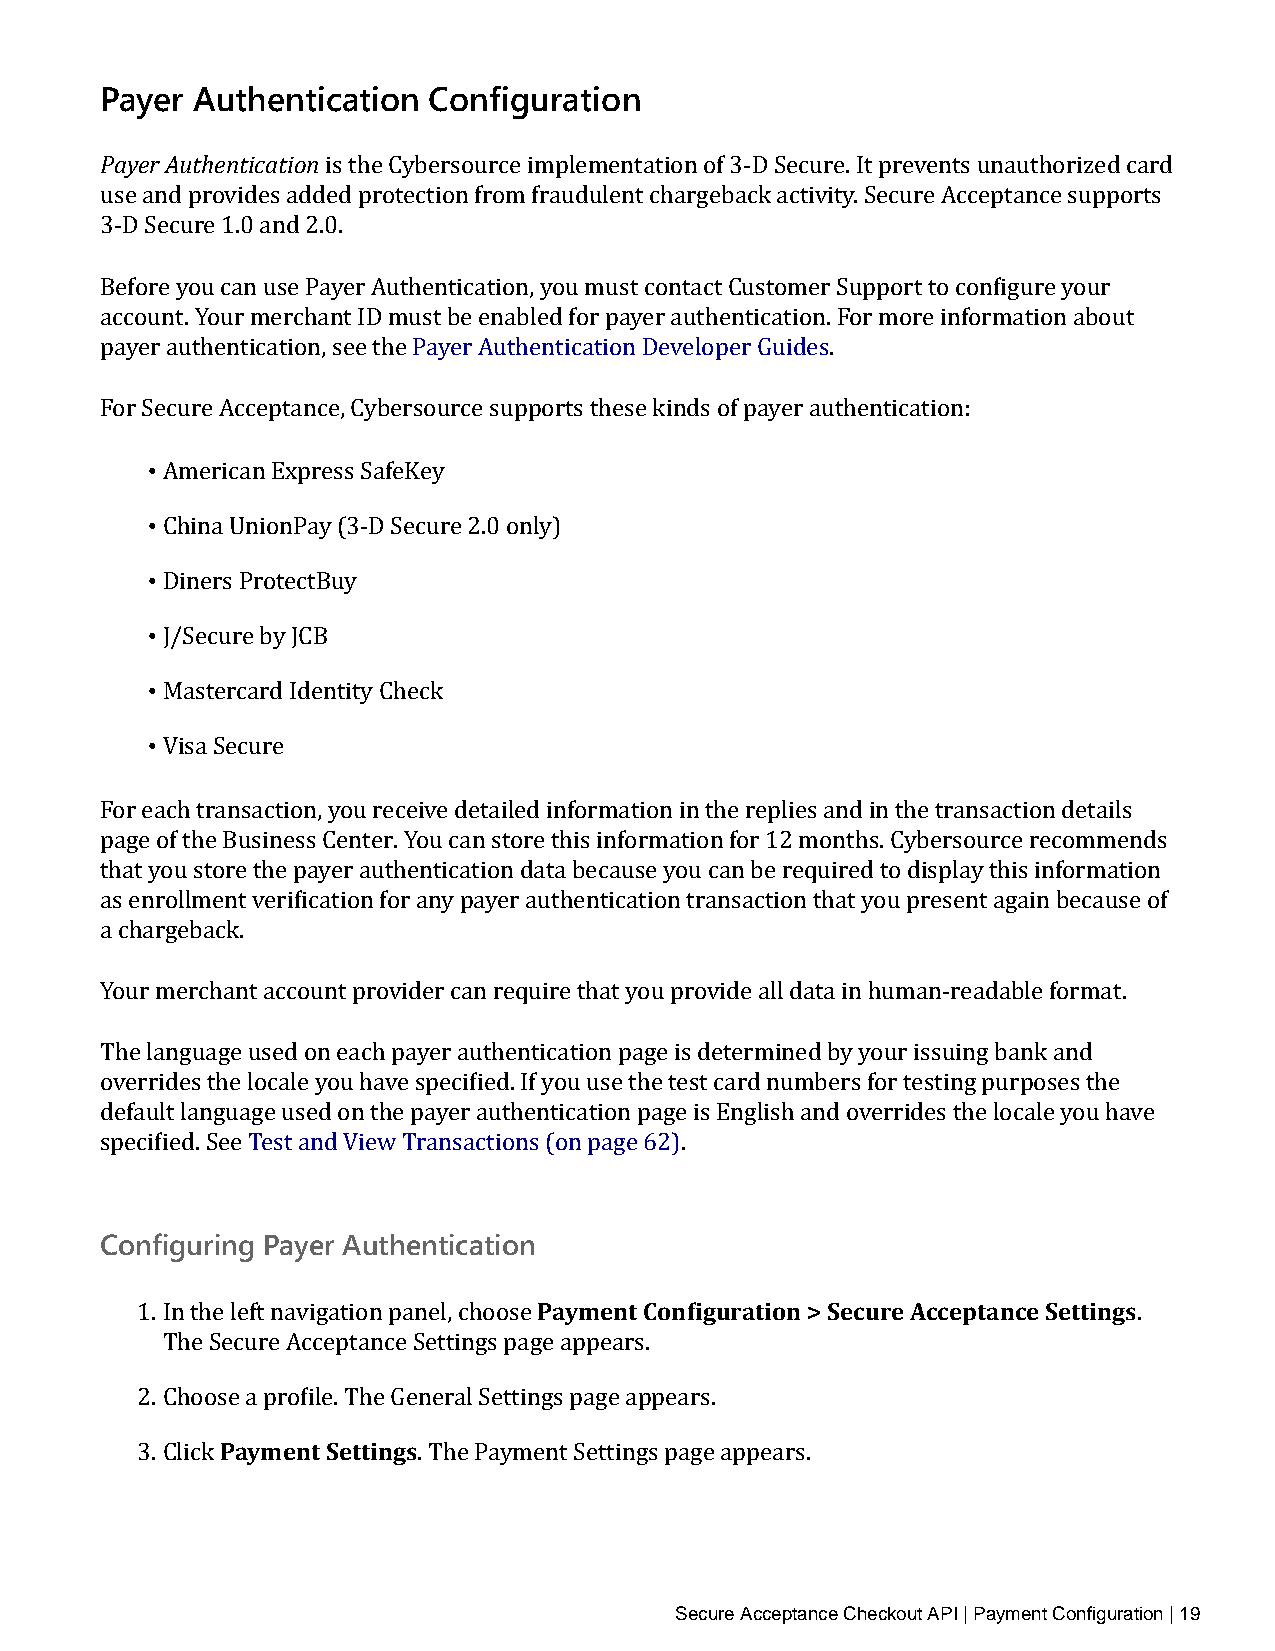
Payer Authentication Configuration
 Payer Authentication
 is the Cybersource implementation of 3‑D Secure. It prevents unauthorized card
 use and provides added protection from fraudulent chargeback activity. Secure Acceptance supports
 3‑D Secure 1.0 and 2.0.
 Before you can use Payer Authentication, you must contact Customer Support to configure your
 account. Your merchant ID must be enabled for payer authentication. For more information about
 payer authentication, see the Payer Authentication Developer Guides.
 For Secure Acceptance, Cybersource supports these kinds of payer authentication:
 •
 • American Express SafeKey
 • China UnionPay (3‑D Secure 2.0 only)
 • Diners ProtectBuy
 • J/Secure by JCB
 • Mastercard Identity Check
 Visa Secure
 For each transaction, you receive detailed information in the replies and in the transaction details
 page of the Business Center. You can store this information for 12 months. Cybersource recommends
 that you store the payer authentication data because you can be required to display this information
 as enrollment verification for any payer authentication transaction that you present again because of
 a chargeback.
 Your merchant account provider can require that you provide all data in human‑readable format.
 The language used on each payer authentication page is determined by your issuing bank and
 overrides the locale you have specified. If you use the test card numbers for testing purposes the
 default language used on the payer authentication page is English and overrides the locale you have
 specified. See Test and View Transactions (on page 62).
 Configuring Payer Authentication
 Payment Configuration > Secure Acceptance Settings
 1. In the left navigation panel, choose                           .
 The Secure Acceptance Settings page appears.
 2. ChoosPea ay mpreonfitl eS. eTthtien Ggesneral Settings page appears.
 3. Click           . The Payment Settings page appears.
 Secure Acceptance Checkout API | Payment Configuration | 19